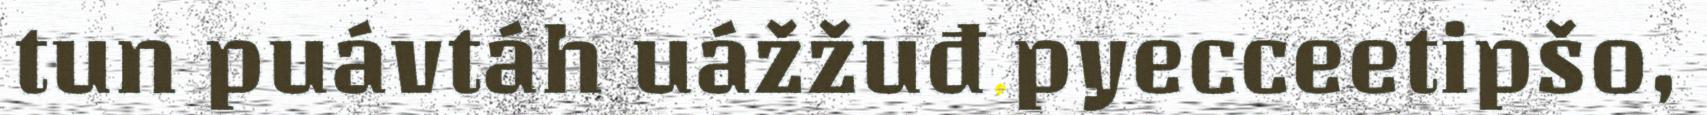
tun puávtáh uážžuđ pyecceetipšo,